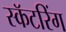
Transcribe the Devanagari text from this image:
स्कॅटरिंग